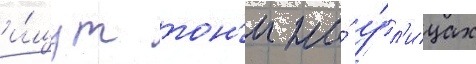
и́щут тон'и на́ у́л'ицах